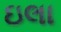
ઇલા